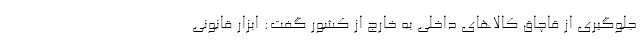
جلوگیری از قاچاق کالاهای داخلی به خارج از کشور گفت: ابزار قانونی